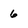
Character: 6